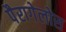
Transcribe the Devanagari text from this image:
पैरागेलोस